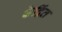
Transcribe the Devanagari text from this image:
केद्रिंत